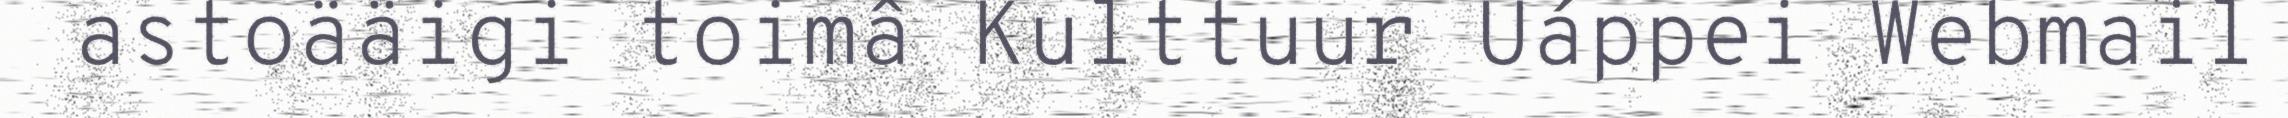
astoääigi toimâ Kulttuur Uáppei Webmail